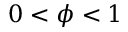
0 < \phi < 1